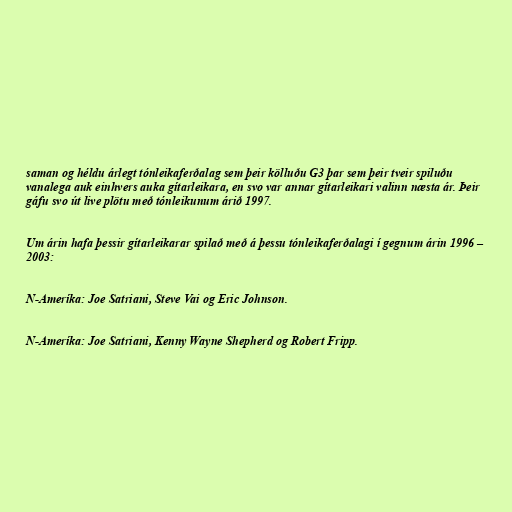
saman og héldu árlegt tónleikaferðalag sem þeir kölluðu G3 þar sem þeir tveir spiluðu
vanalega auk einhvers auka gítarleikara, en svo var annar gítarleikari valinn næsta ár. Þeir
gáfu svo út live plötu með tónleikunum árið 1997.

Um árin hafa þessir gítarleikarar spilað með á þessu tónleikaferðalagi í gegnum árin 1996 –
2003:

N-Ameríka: Joe Satriani, Steve Vai og Eric Johnson.

N-Ameríka: Joe Satriani, Kenny Wayne Shepherd og Robert Fripp.